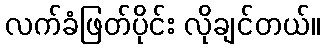
လက်ခံဖြတ်ပိုင်း လိုချင်တယ်။